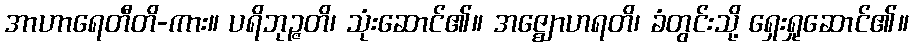
အာဟာရေတီတိ-ကား။ ပရိဘုဉ္ဇတိ၊ သုံးဆောင်၏။ အဇ္ဈောဟရတိ၊ ခံတွင်းသို့ ရှေးရှုဆောင်၏။